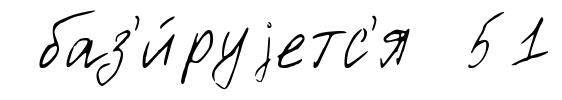
баз'и́руjетс'я 51